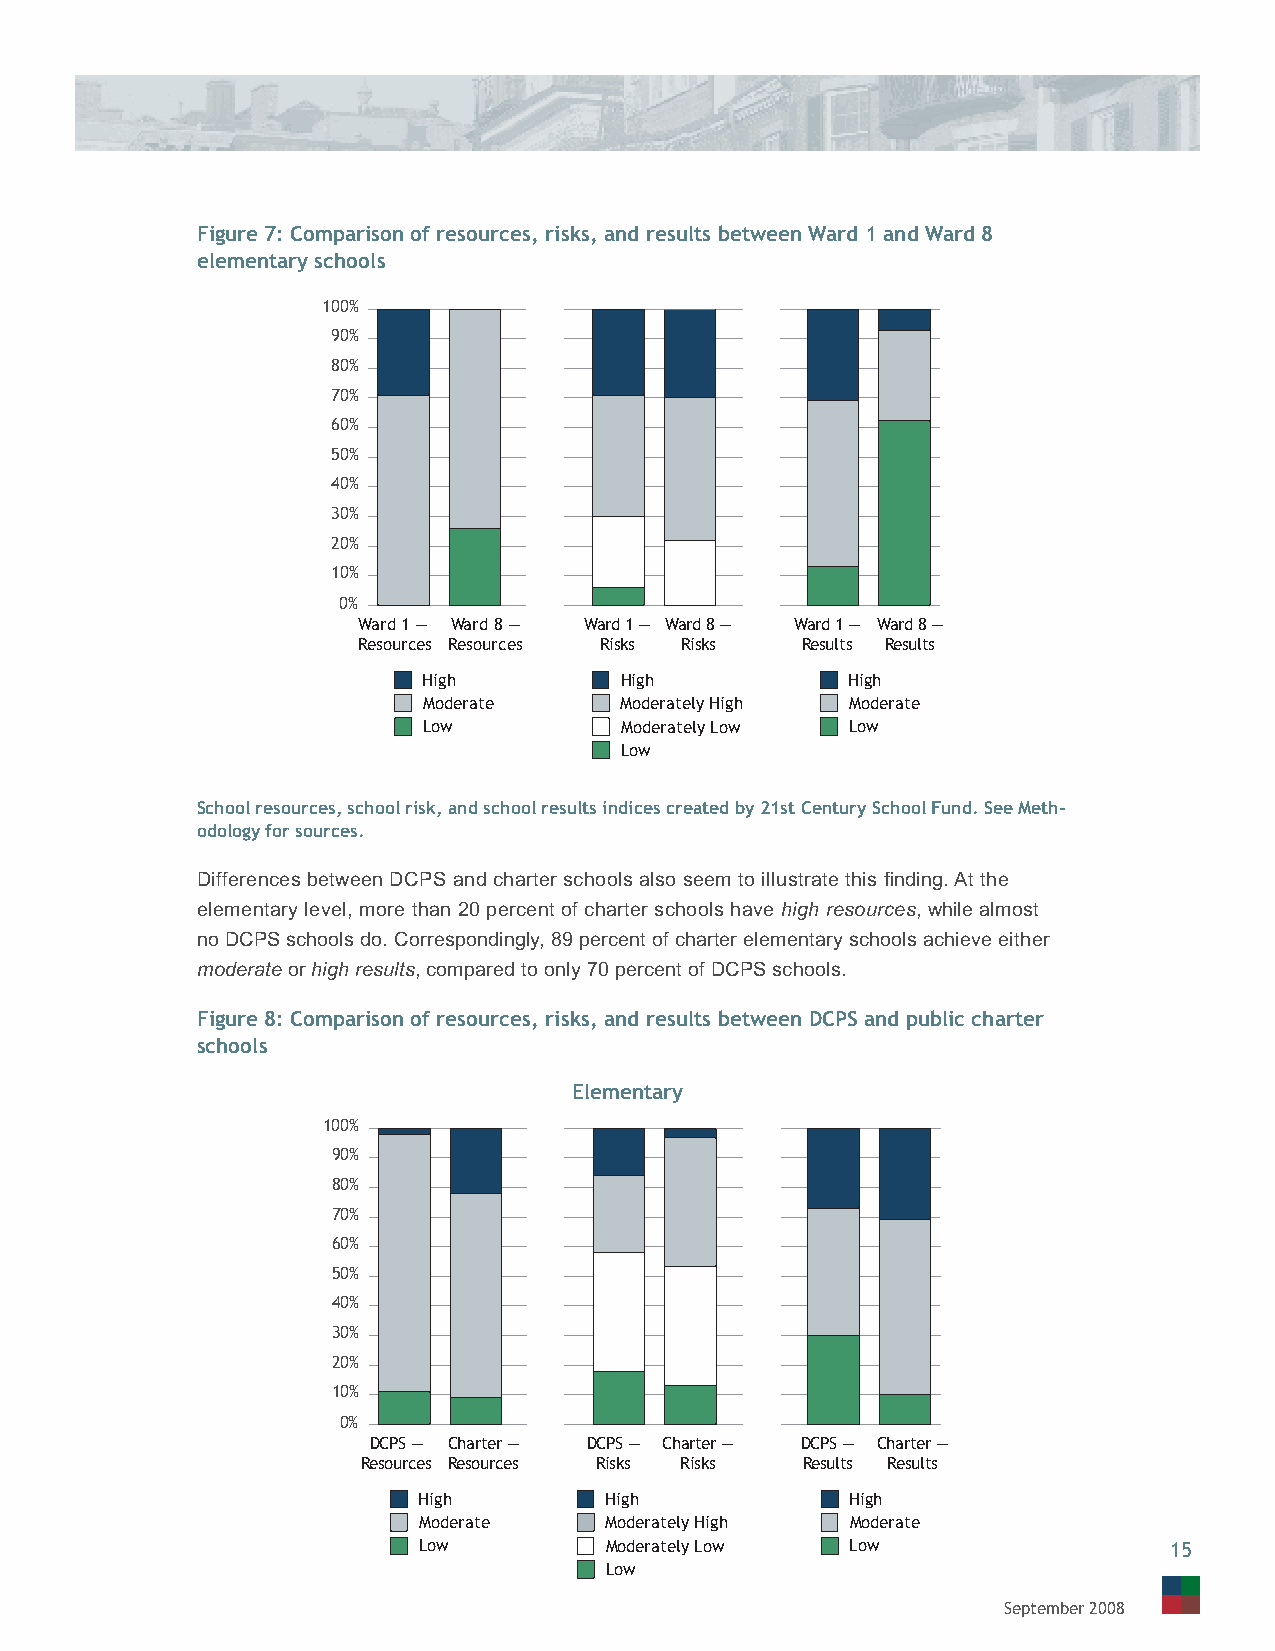
Figure 7: Comparison of resources, risks, and results between Ward 1 and Ward 8
 elementary schools
 100%
 90%
 80%
 70%
 60%
 50%
 40%
 30%
 20%
 10%
 0%
 Ward 1 — Ward 8 — Ward 1 — Ward 8 — Ward 1 — Ward 8 —
 Resources Resources Risks Risks Results Results
 High         High           High
 Moderate     Moderately High Moderate
 Low          Moderately Low Low
 Low
 School resources, school risk, and school results indices created by 21st Century School Fund. See Meth-
 odology for sources.
 Differences between DCPS and charter schools also seem to illustrate this fi nding. At the
 elementary level, more than 20 percent of charter schools have high resources, while almost
 no DCPS schools do. Correspondingly, 89 percent of charter elementary schools achieve either
 moderate or high results, compared to only 70 percent of DCPS schools.
 Figure 8: Comparison of resources, risks, and results between DCPS and public charter
 schools
 Elementary
 100%
 90%
 80%
 70%
 60%
 50%
 40%
 30%
 20%
 10%
 0%
 DCPS — Charter — DCPS — Charter — DCPS — Charter —
 Resources Resources Risks Risks Results Results
 High        High            High
 Moderate    Moderately High Moderate
 Low         Moderately Low  Low                  15
 Low
 September 2008